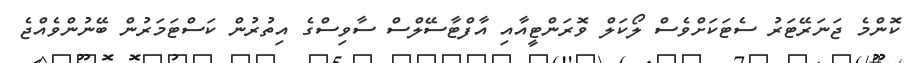
ކޮންމެ ޖަނަރޭޓަރު ސެޓަކަަށްވެސް ލޯކަލް ވޮރަންޓީއާއި އާފްޓާސޭލްސް ސާވިސްގެ އިތުރުން ކަސްޓަަމަރުން ބޭނުންވެއްޖެ